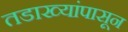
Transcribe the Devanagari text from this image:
तडाख्यांपासून